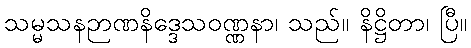
သမ္မသနဉာဏနိဒ္ဒေသဝဏ္ဏနာ၊ သည်။ နိဋ္ဌိတာ၊ ပြီ။